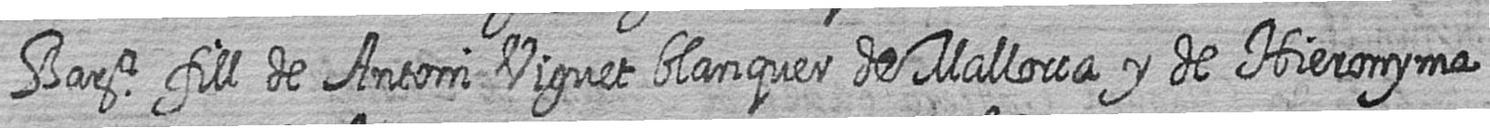
Bara fill de Antoni Viguet blanquer de Mallorca y de Hieronyma